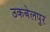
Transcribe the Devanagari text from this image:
उकबेलपुर